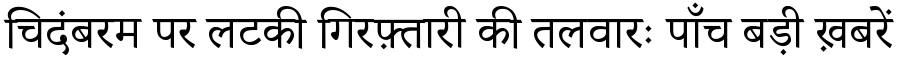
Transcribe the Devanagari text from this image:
चिदंबरम पर लटकी गिरफ़्तारी की तलवारः पाँच बड़ी ख़बरें